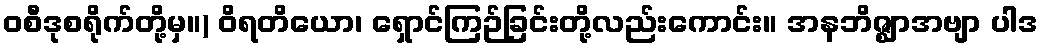
ဝစီဒုစရိုက်တို့မှ။) ဝိရတိယော၊ ရှောင်ကြဉ်ခြင်းတို့လည်းကောင်း။ အနဘိဇ္ဈာအဗျာ ပါဒ